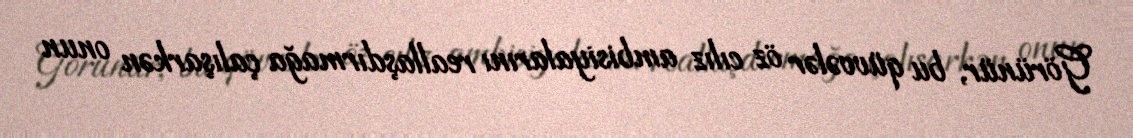
Görünür, bu qüvvələr öz cılız ambisiyalarını reallaşdırmağa çalışarkən onun